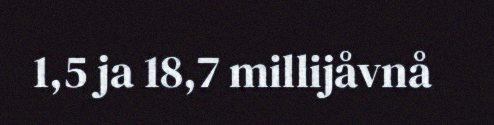
1,5 ja 18,7 millijåvnå